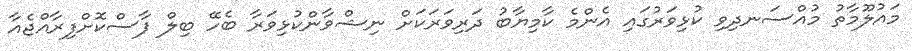
މައުލޫމާތު މުއްސަނދިވި ކުޅިވަރުގައި އެންމެ ކާމިޔާބު ދަރިވަރަކަށް ނިޝްވާންކުޅިވަރާ ބެހޭ ބިލް ފާސްކޮށްފިރާއްޖެއާ